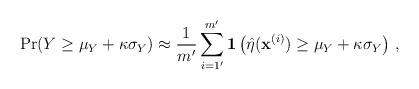
LaTeX: \begin{align*}\mathrm{Pr}(Y \geq \mu_Y + \kappa \sigma_Y) \approx \frac{1}{m'}\sum_{i=1'}^{m'} \boldsymbol{1}\left(\hat{\eta}(\mathbf{x}^{(i)}) \geq \mu_Y + \kappa \sigma_Y\right) \, ,\end{align*}